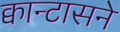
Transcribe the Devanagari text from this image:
क्वान्टासने